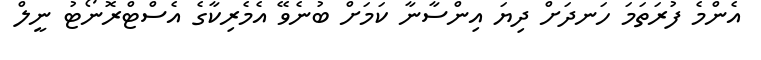
އެންމެ ފުރަތަމަ ހަނދަށް ދިޔަ އިންސާނާ ކަމަށް ބުނެވޭ އެމެރިކާގެ އެސްޓްރޮނޯޓު ނީލް